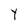
Character: Y